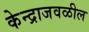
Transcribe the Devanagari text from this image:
केन्द्राजवळील